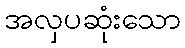
အလှပဆုံးသော